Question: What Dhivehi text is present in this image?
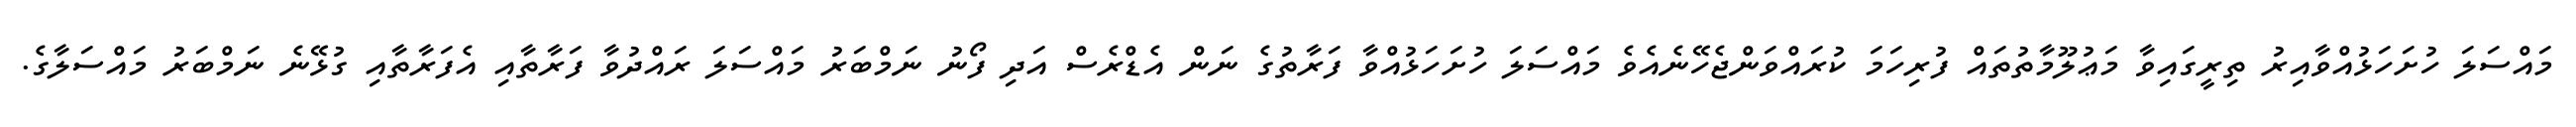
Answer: މައްސަލަ ހުށަހަޅުއްވާއިރު ތިރީގައިވާ މަޢުލޫމާތުތައް ފުރިހަމަ ކުރައްވަންޖެހޭނެއެވެ މައްސަލަ ހުށަހަޅުއްވާ ފަރާތުގެ ނަން އެޑްރެސް އަދި ފޯނު ނަމްބަރު މައްސަލަ ރައްދުވާ ފަރާތާއި އެފަރާތާއި ގުޅޭނެ ނަމްބަރު މައްސަލާގެ.